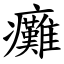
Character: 癱